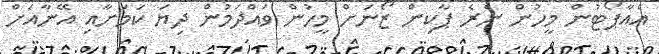
އެއާޕޯޓުން މީހުން ނެރެ ޕާކިން ޒޯނަށް މީހުން ވައްދަމުން ދިޔަ ކަމަށާއި އޭނާއަށް